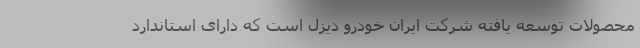
محصولات توسعه یافته شرکت ایران خودرو دیزل است که دارای استاندارد